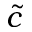
\tilde { c }